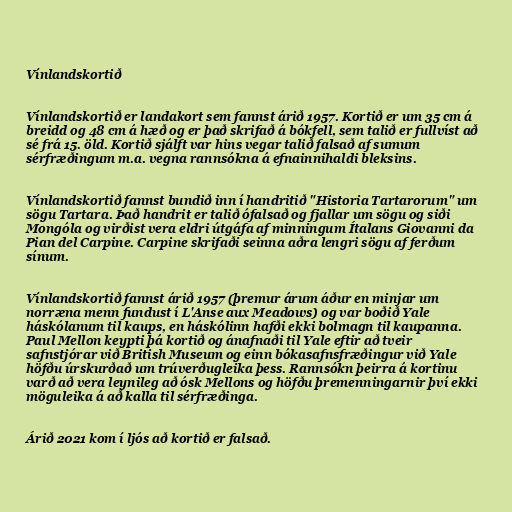
Vínlandskortið

Vínlandskortið er landakort sem fannst árið 1957. Kortið er um 35 cm á
breidd og 48 cm á hæð og er það skrifað á bókfell, sem talið er fullvíst að
sé frá 15. öld. Kortið sjálft var hins vegar talið falsað af sumum
sérfræðingum m.a. vegna rannsókna á efnainnihaldi bleksins.

Vínlandskortið fannst bundið inn í handritið "Historia Tartarorum" um
sögu Tartara. Það handrit er talið ófalsað og fjallar um sögu og siði
Mongóla og virðist vera eldri útgáfa af minningum Ítalans Giovanni da
Pian del Carpine. Carpine skrifaði seinna aðra lengri sögu af ferðum
sínum.

Vínlandskortið fannst árið 1957 (þremur árum áður en minjar um
norræna menn fundust í L'Anse aux Meadows) og var boðið Yale
háskólanum til kaups, en háskólinn hafði ekki bolmagn til kaupanna.
Paul Mellon keypti þá kortið og ánafnaði til Yale eftir að tveir
safnstjórar við British Museum og einn bókasafnsfræðingur við Yale
höfðu úrskurðað um trúverðugleika þess. Rannsókn þeirra á kortinu
varð að vera leynileg að ósk Mellons og höfðu þremenningarnir því ekki
möguleika á að kalla til sérfræðinga.

Árið 2021 kom í ljós að kortið er falsað.